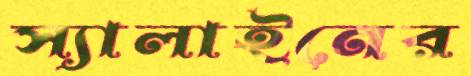
স্যালাইনের